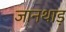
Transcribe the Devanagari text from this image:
जानथाड़